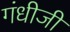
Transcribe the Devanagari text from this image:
गंधीजी